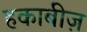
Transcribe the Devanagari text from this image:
हकाबीज़